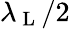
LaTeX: \lambda_{\mathrm{~L~}}/2